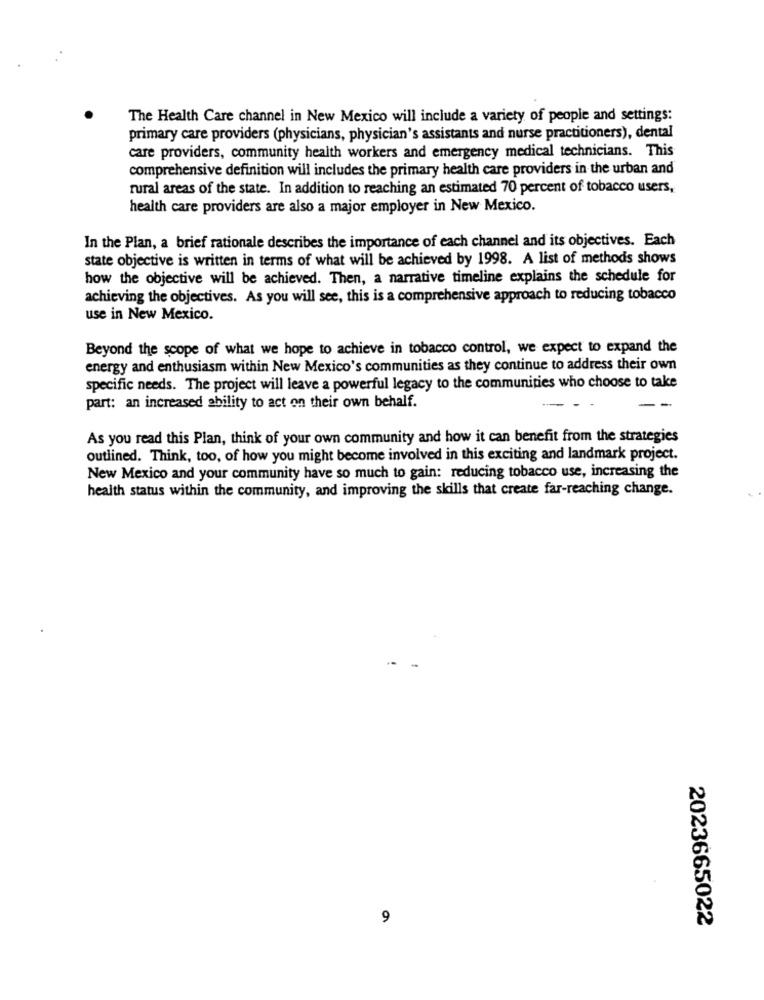
The Health Care channel in New Mexico will include a variety of people and settings:
primary care providers (physicians, physician's assistants and nurse practitioners), dental
care providers, community health workers and emergency medical technicians. This
comprehensive definition will includes the primary health care providers in the urban and
rural areas of the state. In addition to reaching an estimated 70 percent of tobacco users,
health care providers are also a major employer in New Mexico.
In the Plan, a brief rationale describes the importance of each channel and its objectives. Each
state objective is written in terms of what will be achieved by 1998. A list of methods shows
how the objective will be achieved. Then, a narrative timeline explains the schedule for
achieving the objectives. As you will see, this is a comprehensive approach to reducing tobacco
use in New Mexico.
Beyond the scope of what we hope to achieve in tobacco control, we expect to expand the
energy and enthusiasm within New Mexico's communities as they continue to address their own
specific needs. The project will leave a powerful legacy to the communities who choose to take
part: an increased ability to act on their own behalf.
-
- -
As you read this Plan, think of your own community and how it can benefit from the strategies
outlined. Think, too, of how you might become involved in this exciting and landmark project.
New Mexico and your community have so much to gain: reducing tobacco use, increasing the
health status within the community, and improving the skills that create far-reaching change.
9
2023665022